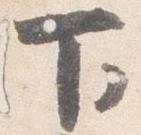
下